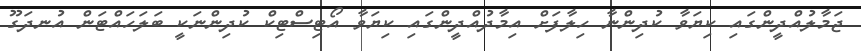
ޖަމާލުއްދީންގައި ކިޔަވާ ކުދިންނާ ހިލާފަށް އިމާދުއްދީންގައި ކިޔަވާ އޯޓިސްޓިކް ކުދިންނަކީ ބަލަހައްޓަން އުނދަގޫ